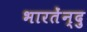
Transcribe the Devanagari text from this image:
भारतेंन्दु